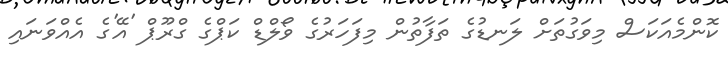
ކޮންމެއަކަސް މިވަގުތަށް ލަނޑުގެ ތަފާތުން މިފަހަރުގެ ވޯލްޑް ކަޕްގެ ގްރޫޕް 'އޭ'ގެ އެއްވަނައި